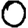
Digit: 0